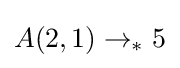
A(2,1)\rightarrow _{*}5